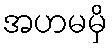
အဟမမှိ